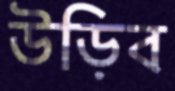
উড়িব